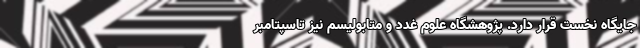
جایگاه نخست قرار دارد. پژوهشگاه علوم غدد و متابولیسم نیز تاسپتامبر